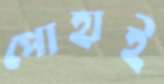
পোহাই